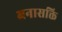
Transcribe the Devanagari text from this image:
भ्रनासक्ति